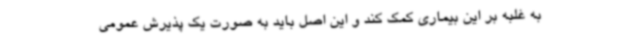
به غلبه بر این بیماری کمک کند و این اصل باید به صورت یک پذیرش عمومی